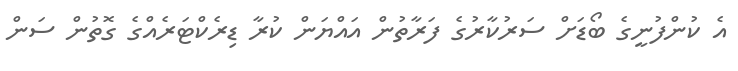
އެ ކުންފުނީގެ ބޯޑަށް ސަރުކާރުގެ ފަރާތުން އައްޔަން ކުރާ ޑިރެކްޓަރެއްގެ ގޮތުން ސަން